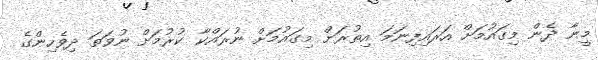
މީނާ ދެން މިގައުމަށް އަރައިފިނަމަ އިތުރަށް މިގައުމަށް ނުރައްކާ ކުރުމަށް ނުވަތަ ދިވެހިންގެ